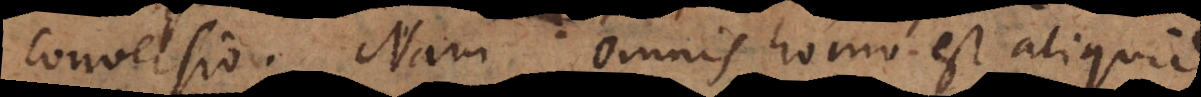
conversio. Nam omnis homo est aliquid